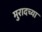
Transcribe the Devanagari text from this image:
मुरादच्या